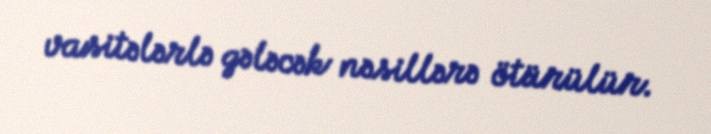
vasitələrlə gələcək nəsillərə ötürülür.